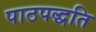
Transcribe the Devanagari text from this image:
पाठपद्धति